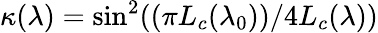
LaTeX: \kappa(\lambda)=\sin^{2}((\pi L_{c}(\lambda_{0}))/4L_{c}(\lambda))